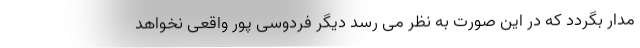
مدار بگردد که در این صورت به نظر می رسد دیگر فردوسی پور واقعی نخواهد